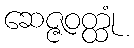
ဆေဇ္ဇဝတ္ထုံ